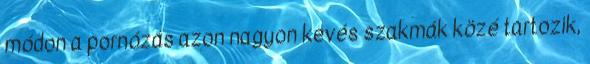
módon a pornózás azon nagyon kevés szakmák közé tartozik,